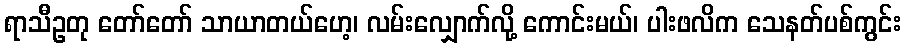
ရာသီဥတု တော်တော် သာယာတယ်ဟေ့၊ လမ်းလျှောက်လို့ ကောင်းမယ်၊ ပါးဖလိက သေနတ်ပစ်ကွင်း